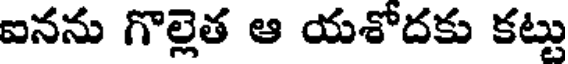
ఐనను గొల్లెత ఆ యశోదకు కట్టు